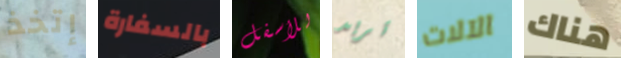
إتخذ بالسفارة للأسفل تريد الآلات هناك